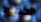
الجهود